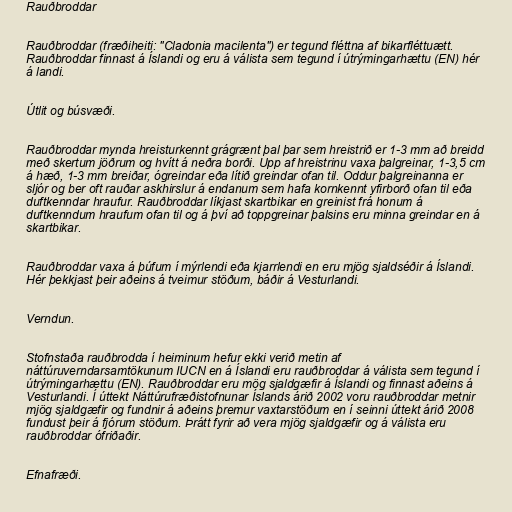
Rauðbroddar

Rauðbroddar (fræðiheiti: "Cladonia macilenta") er tegund fléttna af bikarfléttuætt.
Rauðbroddar finnast á Íslandi og eru á válista sem tegund í útrýmingarhættu (EN) hér
á landi.

Útlit og búsvæði.

Rauðbroddar mynda hreisturkennt grágrænt þal þar sem hreistrið er 1-3 mm að breidd
með skertum jöðrum og hvítt á neðra borði. Upp af hreistrinu vaxa þalgreinar, 1-3,5 cm
á hæð, 1-3 mm breiðar, ógreindar eða lítið greindar ofan til. Oddur þalgreinanna er
sljór og ber oft rauðar askhirslur á endanum sem hafa kornkennt yfirborð ofan til eða
duftkenndar hraufur. Rauðbroddar líkjast skartbikar en greinist frá honum á
duftkenndum hraufum ofan til og á því að toppgreinar þalsins eru minna greindar en á
skartbikar.

Rauðbroddar vaxa á þúfum í mýrlendi eða kjarrlendi en eru mjög sjaldséðir á Íslandi.
Hér þekkjast þeir aðeins á tveimur stöðum, báðir á Vesturlandi.

Verndun.

Stofnstaða rauðbrodda í heiminum hefur ekki verið metin af
náttúruverndarsamtökunum IUCN en á Íslandi eru rauðbroddar á válista sem tegund í
útrýmingarhættu (EN). Rauðbroddar eru mög sjaldgæfir á Íslandi og finnast aðeins á
Vesturlandi. Í úttekt Náttúrufræðistofnunar Íslands árið 2002 voru rauðbroddar metnir
mjög sjaldgæfir og fundnir á aðeins þremur vaxtarstöðum en í seinni úttekt árið 2008
fundust þeir á fjórum stöðum. Þrátt fyrir að vera mjög sjaldgæfir og á válista eru
rauðbroddar ófriðaðir.

Efnafræði.